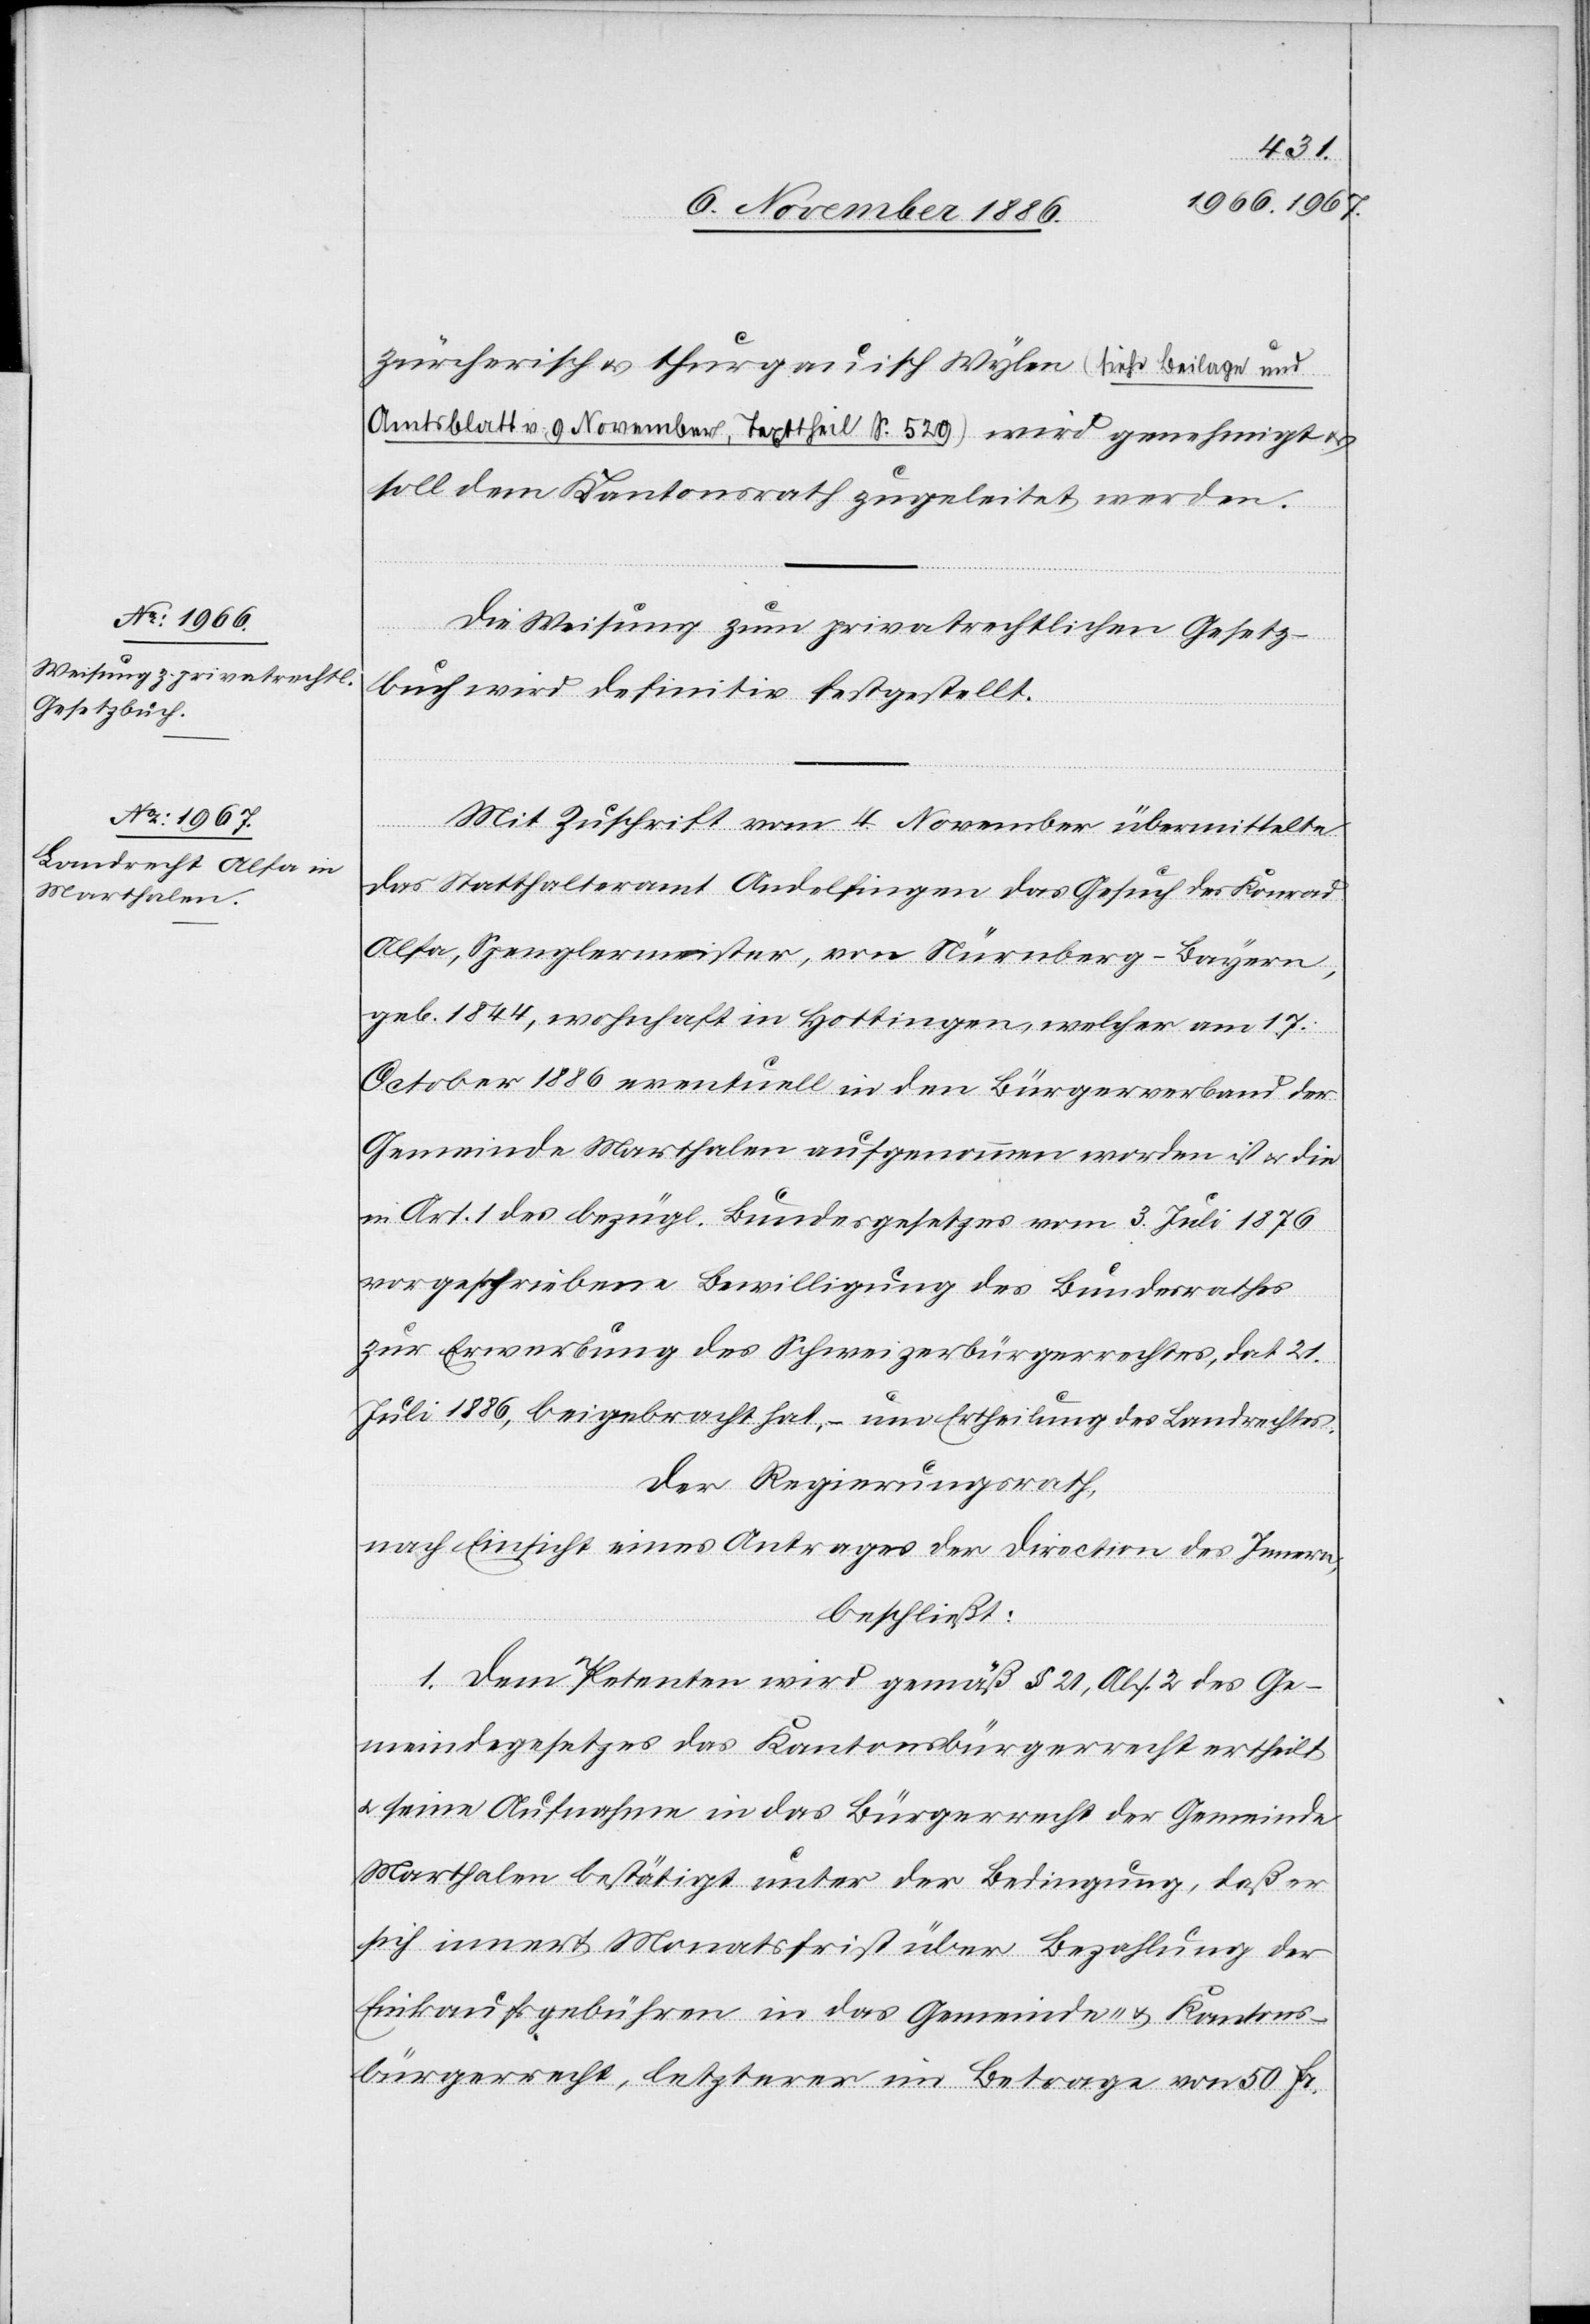
züricherisch & thurgauisch Wylen (siehe Beilage und
Amtsblatt v. 9. November, Texttheil S. 529) wird genehmigt
soll dem Kantonsrath zugeleitet werden.
Die Weisung zum privatrechtlichen Gesetz¬
buch wird definitiv festgestellt.
Mit Zuschrift vom 4. November übermittelte
das Statthalteramt Andelfingen das Gesuch des Konrad
Alfa, Spenglermeister, von Nürnberg - Bayern,
geb. 1844, wohnhaft in Hottingen, welcher am 17.
October 1886 eventuell in den Bürgerverband der
Gemeinde Marthalen aufgenommen worden ist & die
in Art. 1 des bezügl. Bundesgesetzes vom 3. Juli 1876
vorgeschriebene Bewilligung des Bundesrathes
zur Erwerbung des Schweizerbürgerrechtes, dat. 21.
Juli 1886, beigebracht hat, – um Ertheilung des Landrechtes.
Der Regierungsrath,
nach Einsicht eines Antrages der Direction des Innern,
beschließt:
1. Dem Petenten wird gemäß § 21, Abs. 2 des Ge¬
meindegesetzes das Kantonsbürgerrecht ertheilt
& seine Aufnahme in das Bürgerrecht der Gemeinde
Marthalen bestätigt unter der Bedingung, daß er
sich innert Monatsfrist über Bezahlung der
Einkaufsgebühren in das Gemeinde- & Kantons¬
bürgerrecht, letzterer im Betrage von 50 Fr.